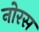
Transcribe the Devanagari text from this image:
नोरस